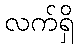
လက်ရှိ